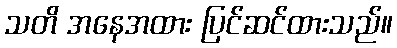
သတိ အနေအထား ပြင်ဆင်ထားသည်။